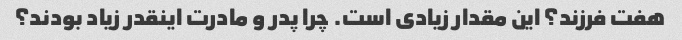
هفت فرزند؟ این مقدار زیادی است. چرا پدر و مادرت اینقدر زیاد بودند؟